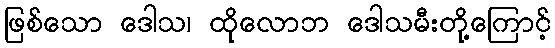
ဖြစ်သော ဒေါသ၊ ထိုလောဘ ဒေါသမီးတို့ကြောင့်